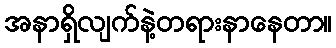
အနာရှိလျက်နဲ့တရားနာနေတာ။